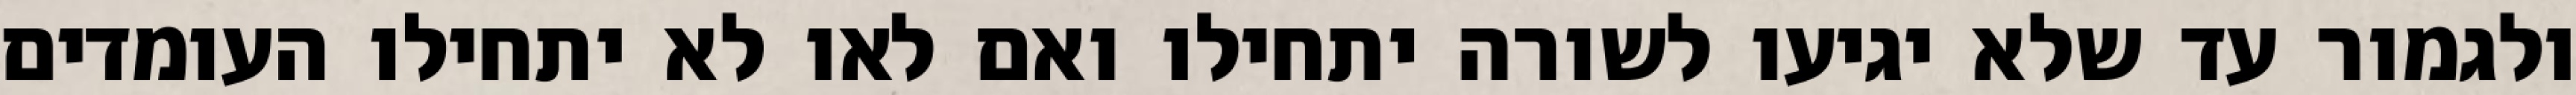
ולגמור עד שלא יגיעו לשורה יתחילו ואם לאו לא יתחילו העומדים